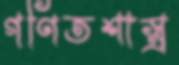
গণিতশাস্ত্র